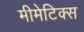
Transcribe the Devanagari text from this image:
मीमेटिक्स